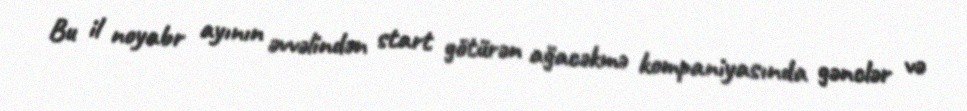
Bu il noyabr ayının əvvəlindən start götürən ağacəkmə kompaniyasında gənclər və